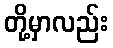
တို့မှာလည်း